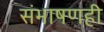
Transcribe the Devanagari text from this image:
संभाषणही